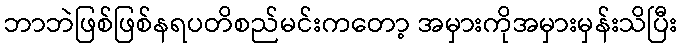
ဘာဘဲဖြစ်ဖြစ်နရပတိစည်မင်းကတော့ အမှားကိုအမှားမှန်းသိပြီး